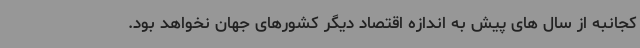
کجانبه از سال های پیش به اندازه اقتصاد دیگر کشورهای جهان نخواهد بود.